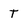
Character: T